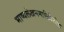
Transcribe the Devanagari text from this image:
भाष्यलेखनमालिकेतील